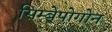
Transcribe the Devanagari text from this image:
सिम्बेपोगोन